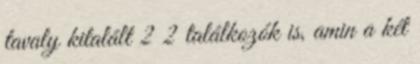
tavaly kitalált 2 2 találkozók is, amin a két